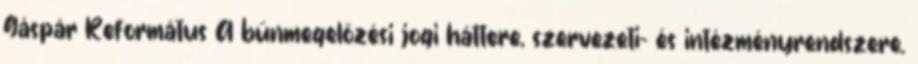
Gáspár Református A bűnmegelőzési jogi háttere, szervezeti- és intézményrendszere.